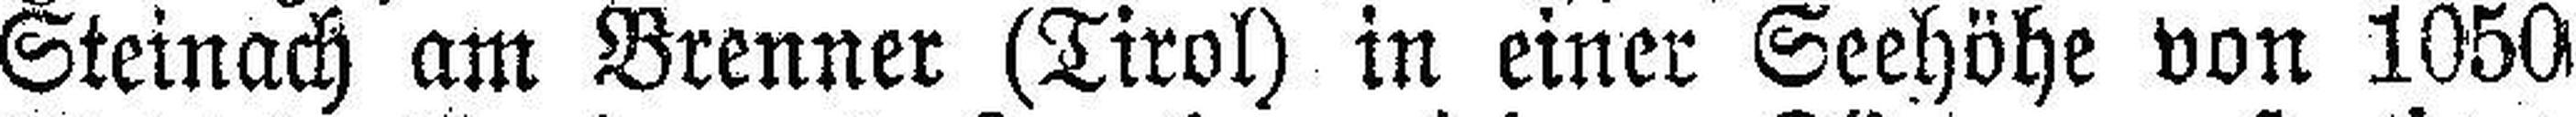
Steinach am Brenner (Tirol) in einer Seehöhe von 1050